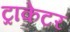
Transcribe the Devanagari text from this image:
ट्राकेटर